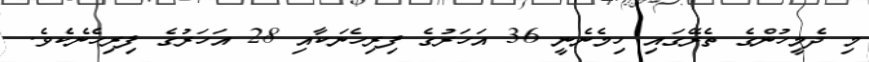
މި ދެމީހުންގެ ތެރޭގައި ހިމެނެނީ 36 އަހަރުގެ ފިރިހެނަކާއި 28 އަހަރުގެ ފިރިހެނެކެވެ.